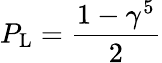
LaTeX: P_{\mathrm{{L}}}={\frac{1-\gamma^{5}}{2}}